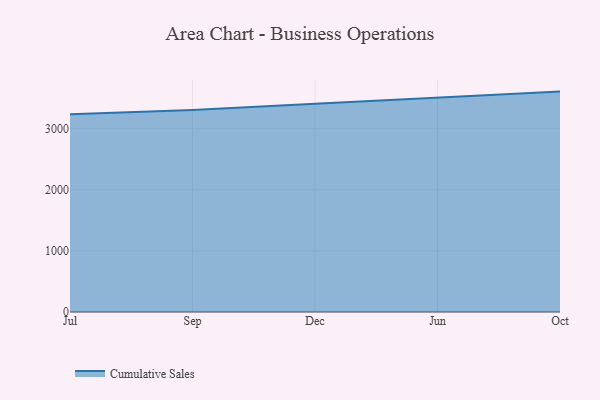
{"axis": {"x": "Month", "y": "Net Income (USD K)"}, "legend": ["Cumulative Sales"], "data": [{"x": "Jul", "y": 3237.2, "type": "Cumulative Sales"}, {"x": "Sep", "y": 3303.7, "type": "Cumulative Sales"}, {"x": "Dec", "y": 3408.2, "type": "Cumulative Sales"}, {"x": "Jun", "y": 3510.6, "type": "Cumulative Sales"}, {"x": "Oct", "y": 3606.7, "type": "Cumulative Sales"}]}